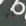
أنه